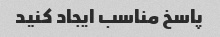
پاسخ مناسب ایجاد کنید